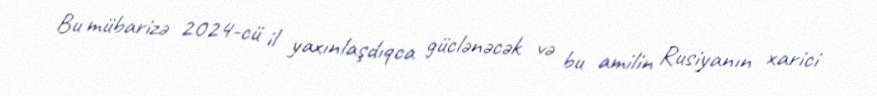
Bu mübarizə 2024-cü il yaxınlaşdıqca güclənəcək və bu amilin Rusiyanın xarici